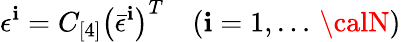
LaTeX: \epsilon^{\mathbf{i}}=C_{[4]}\left({\bar{{\epsilon}}}^{\mathbf{i}}\right)^{T}\quad(\mathbf{i}=1,\dots\, {\calN})